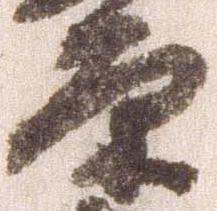
原